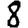
Digit: 8